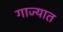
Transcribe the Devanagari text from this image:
गाज्यात